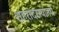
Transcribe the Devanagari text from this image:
शहरांदरम्यानचे